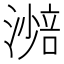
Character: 𣾾